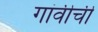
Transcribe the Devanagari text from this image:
गांवीची